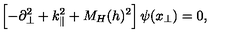
\left[ - \partial _ { \bot } ^ { 2 } + k _ { \| } ^ { 2 } + M _ { H } ( h ) ^ { 2 } \right] \psi ( x _ { \bot } ) = 0 ,